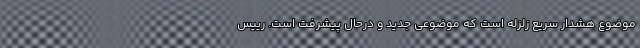
موضوع هشدار سریع زلزله است که موضوعی جدید و درحال پیشرفت است. رییس